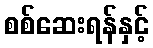
စစ်ဆေးရန်နှင့်